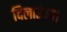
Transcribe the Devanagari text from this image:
दिलाउंगा।